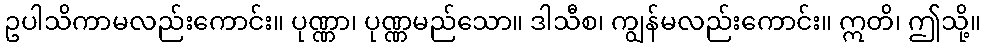
ဥပါသိကာမလည်းကောင်း။ ပုဏ္ဏာ၊ ပုဏ္ဏမည်သော။ ဒါသီစ၊ ကျွန်မလည်းကောင်း။ ဣတိ၊ ဤသို့။